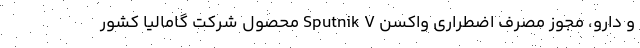
و دارو، مجوز مصرف اضطراری واکسن Sputnik V محصول شرکت گامالیا کشور